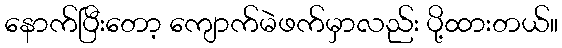
နောက်ပြီးတော့ ကျောက်မဲဖက်မှာလည်း ပို့ထားတယ်။